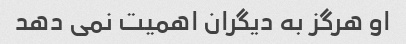
او هرگز به دیگران اهمیت نمی دهد